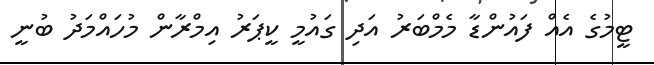
ޓީމުގެ އެއް ފައުންޑާ މެމްބަރު އަދި ގައުމީ ކީޕަރު އިމްރާން މުހައްމަދު ބުނީ